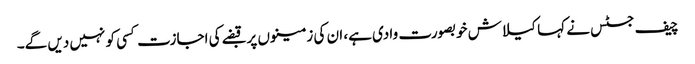
چیف جسٹس نے کہا کیلاش خوبصورت وادی ہے، ان کی زمینوں پر قبضے کی اجازت کسی کو نہیں دیں گے۔